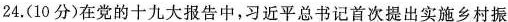
24.(10分)在党的十九大报告中，习近平总书记首次提出实施乡村振